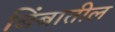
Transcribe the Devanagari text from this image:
बिंबातील